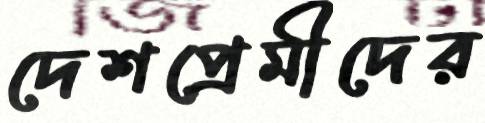
দেশপ্রেমীদের